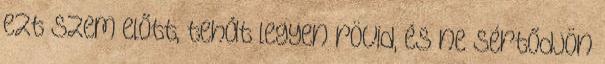
ezt szem előtt, tehát legyen rövid, és ne sértődjön